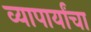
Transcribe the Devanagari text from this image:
व्यापार्यांचा